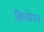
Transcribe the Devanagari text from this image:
हिलोर।